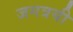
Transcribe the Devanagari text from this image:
जगत्रयी